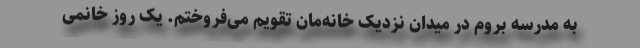
به مدرسه بروم در میدان نزدیک خانه‌مان تقویم می‌فروختم. یک روز خانمی